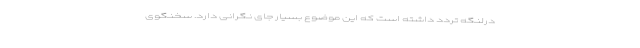
درلنگه تردد داشته است که این موضوع بسیار جای نگرانی دارد. سخنگوی